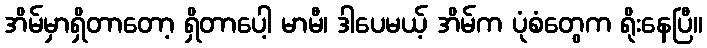
အိမ်မှာရှိတာတော့ ရှိတာပေါ့ မာမီ၊ ဒါပေမယ့် အိမ်က ပုံစံတွေက ရိုးနေပြီ။